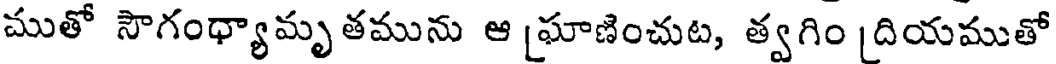
ముతో సౌగంధ్యామృ తమును ఆ [ఘాణించుట, త్వగిం [దియముతో